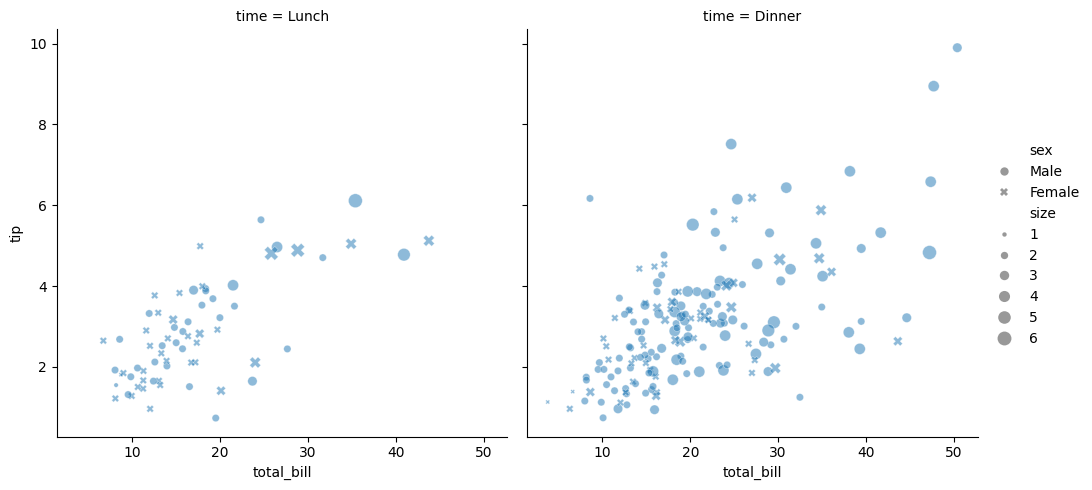
python, seaborn, relplot, alpha=0.5